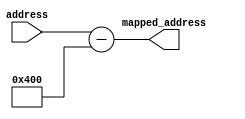
module mapping_address(input[31:0] address,output[31:0] mapped_address);
    assign mapped_address=address-32'd1024;
endmodule
module MEM(input[31:0] write_data,input[31:0] address,input clk,rst,MemRead,MemWrite,output[31:0] read_data
  ,inout[15:0] SRAM_DQ,output ready,output SRAM_UB_N, SRAM_LB_N,SRAM_WB_N,SRAM_CE_N,SRAM_OE_N,sram_freeze,
  output[17:0] SRAM_ADDR
);
    wire [31:0]mapped_address;
    mapping_address n2(.address(address),.mapped_address(mapped_address));
    
      sram_controller _sram(.clk(clk), .rst(rst), .wr_en(MemWrite), .rd_en(MemRead), 
                      .address(mapped_address) , .writeData(write_data), .sram_dq(SRAM_DQ), 
                        .readData(read_data), .ready(ready),.sram_ub_n(SRAM_UB_N), .sram_lb_n(SRAM_LB_N),.sram_wb_n(SRAM_WB_N),
                       .sram_ce_n(SRAM_CE_N), .sram_oe_n(SRAM_OE_N), .sram_addr(SRAM_ADDR) , .isfreeze(sram_freeze));
    
    //memory n1(.write_data(write_data), .address(mapped_address),.clk(clk),.rst(rst)
      //          ,.MemRead(MemRead),.MemWrite(MemWrite),.read_data(read_data));
endmodule